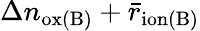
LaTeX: \Delta n_{\mathrm{ox(B)}}+\bar{r}_{\mathrm{ion(B)}}